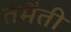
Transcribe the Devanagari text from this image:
तमैती